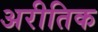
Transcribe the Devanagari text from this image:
अरीतिक